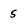
Character: 5